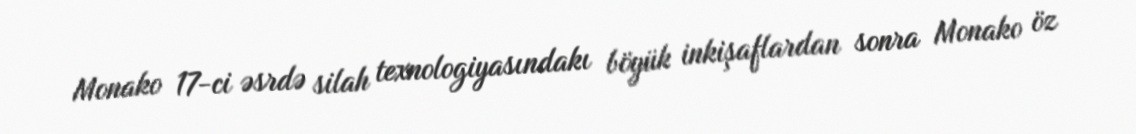
Monako 17-ci əsrdə silah texnologiyasındakı böyük inkişaflardan sonra Monako öz